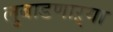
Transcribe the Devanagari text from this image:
लुबाडणाऱ्या